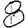
Digit: 8